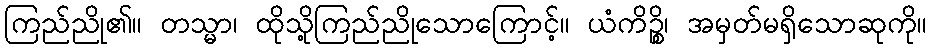
ကြည်ညို၏။ တသ္မာ၊ ထိုသို့ကြည်ညိုသောကြောင့်။ ယံကိဉ္စိ၊ အမှတ်မရှိသောဆုကို။